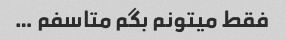
فقط میتونم بگم متاسفم …